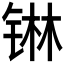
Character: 𮸑